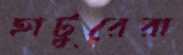
হাটুরেরা